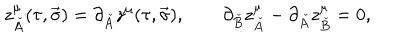
z _ { \check { A } } ^ { \mu } ( \tau , \vec { \sigma } ) = \partial _ { \check { A } } z ^ { \mu } ( \tau , \vec { \sigma } ) , \quad \quad \partial _ { \check { B } } z _ { \check { A } } ^ { \mu } - \partial _ { \check { A } } z _ { \check { B } } ^ { \mu } = 0 ,